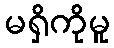
မရှိကိုမူ